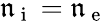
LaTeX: \mathfrak{n}_{\mathrm{{~i~}}}=\mathfrak{n}_{\mathrm{{~e~}}}